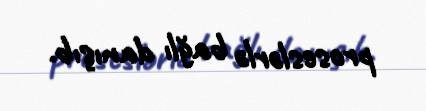
proseslərlə bağlı danışıb.